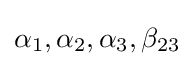
\alpha _{1},\alpha _{2},\alpha _{3},\beta _{23}